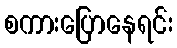
စကားပြောနေရင်း